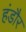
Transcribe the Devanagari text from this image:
हंडौर